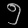
Digit: ၅